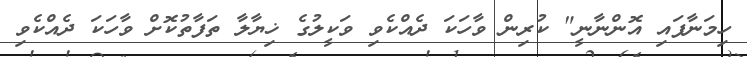
ހިމަނާފައި އޮންނާނީ" ކުރިން ވާހަކަ ދެއްކެވި ވަކީލުގެ ޚިޔާލާ ތަފާތުކޮށް ވާހަކަ ދެއްކެވި